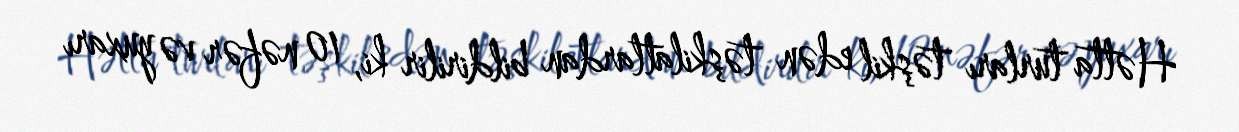
Hətta turları təşkil edən təşkilatlardan bildirilir ki, 10 nəfər və yuxarı